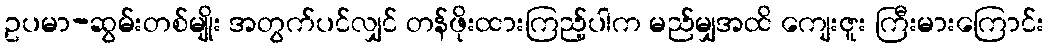
ဥပမာ-ဆွမ်းတစ်မျိုး အတွက်ပင်လျှင် တန်ဖိုးထားကြည့်ပါက မည်မျှအထိ ကျေးဇူး ကြီးမားကြောင်း